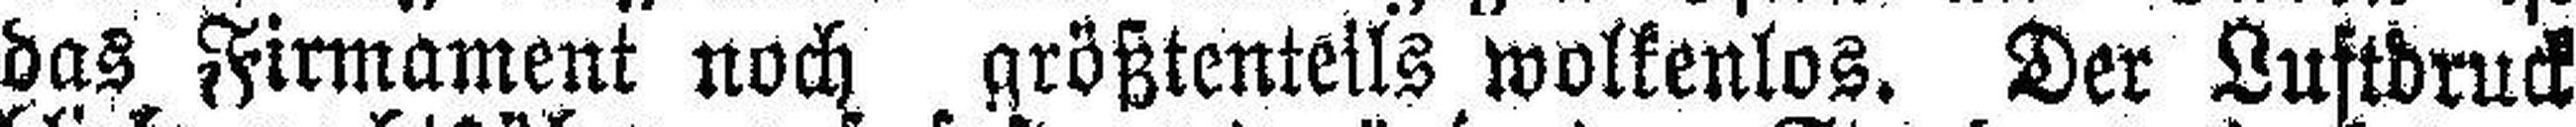
das Firmament noch größtenteils wolkenlos. Der Luftdruck